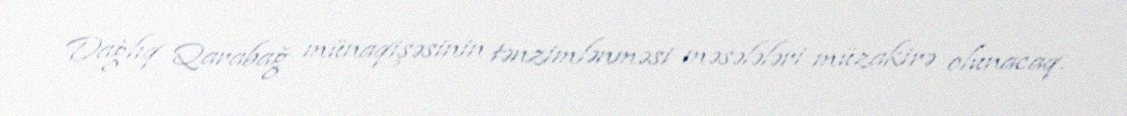
Dağlıq Qarabağ münaqişəsinin tənzimlənməsi məsələləri müzakirə olunacaq.